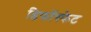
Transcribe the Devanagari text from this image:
डिफॉस्फेट